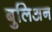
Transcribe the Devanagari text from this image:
बुलिअन